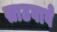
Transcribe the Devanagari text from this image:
साठवावे